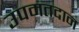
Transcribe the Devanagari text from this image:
उपमतदान